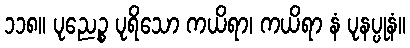
၁၁၈။ ပုညေဉ္စ ပုရိသော ကယိရာ၊ ကယိရာ နံ ပုနပ္ပုနံ။